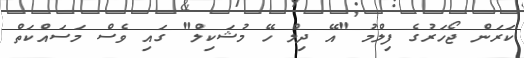
ކަރަން ޖޯހަރުގެ ފިލްމު "އޭ ދިލް ހޭ މުޝަކިލް" ގައި ވެސް މަސައްކަތް